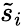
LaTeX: {\tilde{s}}_{i}